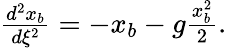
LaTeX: \begin{array}{r}{\frac{d^{2}x_{b}}{d\xi^{2}}=-x_{b}-g\frac{x_{b}^{2}}{2}.}\end{array}